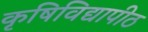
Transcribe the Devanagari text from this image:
कृषिविद्यापीठ